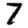
Digit: 7